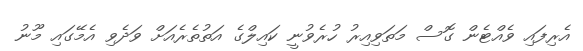
އެރިފައި ވެއްޓެން ގޮސް މަތަވިއިރު ހުރެވުނީ ކައިލްގެ އަތުތެރެއަށް ވަދެވި އެމޭގައި މޫނު